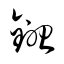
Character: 鋤